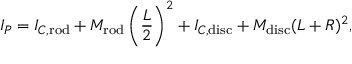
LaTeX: I _ { P } = I _ { C , { \mathrm { r o d } } } + M _ { \mathrm { r o d } } \left( { \frac { L } { 2 } } \right) ^ { 2 } + I _ { C , { \mathrm { d i s c } } } + M _ { \mathrm { d i s c } } ( L + R ) ^ { 2 } ,